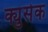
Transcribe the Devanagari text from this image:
क्युसेक